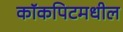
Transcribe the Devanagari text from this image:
कॉकपिटमधील